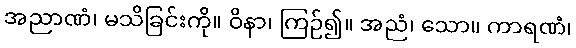
အညာဏံ၊ မသိခြင်းကို။ ဝိနာ၊ ကြဉ်၍။ အညံ၊ သော။ ကာရဏံ၊